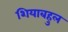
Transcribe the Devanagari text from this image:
शियाबहुल